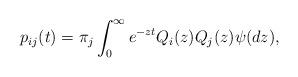
LaTeX: \begin{align*}p_{ij}(t) = \pi_j\int_0^\infty e^{-z t}Q_i(z)Q_j(z)\psi(dz),\end{align*}